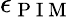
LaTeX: \epsilon_{\mathrm{~P~I~M~}}